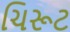
ચિરૂટ